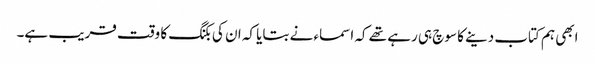
ابھی ہم کتاب دینے کا سوچ ہی رہے تھے کہ اسماء نے بتایا کہ ان کی بکنگ کا وقت قریب ہے۔